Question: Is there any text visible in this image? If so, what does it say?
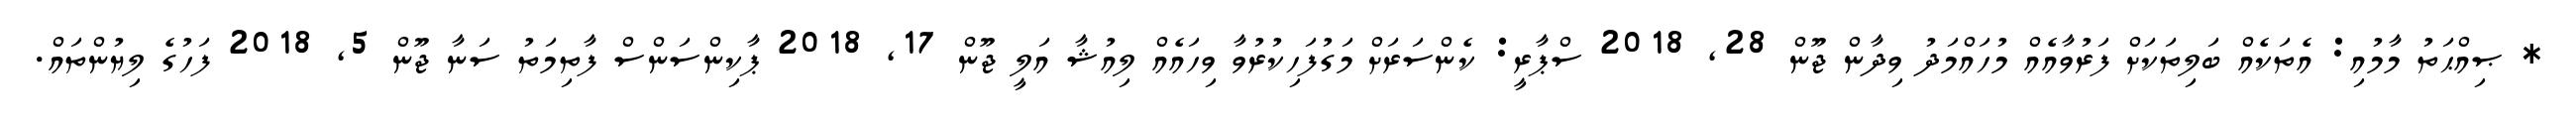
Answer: * ޞިއްޙަތު މާމުއި: އެތަކެއް ބަލިތަކަށް ފަރުވާއެއް މުހައްމަދު ވިދާން ޖޫން 28, 2018 ސްޕާރީ: ކެންސަރަށް މަގުފަހިކުރުވާ ވިހައެއް ލިއުޝާ އަލީ ޖޫން 17, 2018 ޕާކިންސަންސް ފާތިމަތު ސަނާ ޖޫން 5, 2018 ފަހުގެ ލިޔުންތައް.